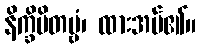
နိက္ခိပိတဗ္ဗံ၊ ထားအပ်၏။